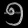
Digit: ၅